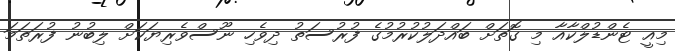
މިއީ ޓެންޑުލްކާއާ މި ގޮތަށް ބައްދަލުކުރުމުގެ ފުރުސަތު ދިވެހި ނޫސްވެރިޔަކަށް ލިބުނު ފުރަތަމަ